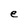
Character: e